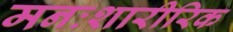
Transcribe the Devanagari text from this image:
मनःशारीरिक